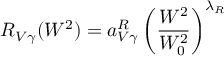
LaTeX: R _ { V \gamma } ( W ^ { 2 } ) = a _ { V \gamma } ^ { R } \left( { \frac { W ^ { 2 } } { W _ { 0 } ^ { 2 } } } \right) ^ { \lambda _ { R } }